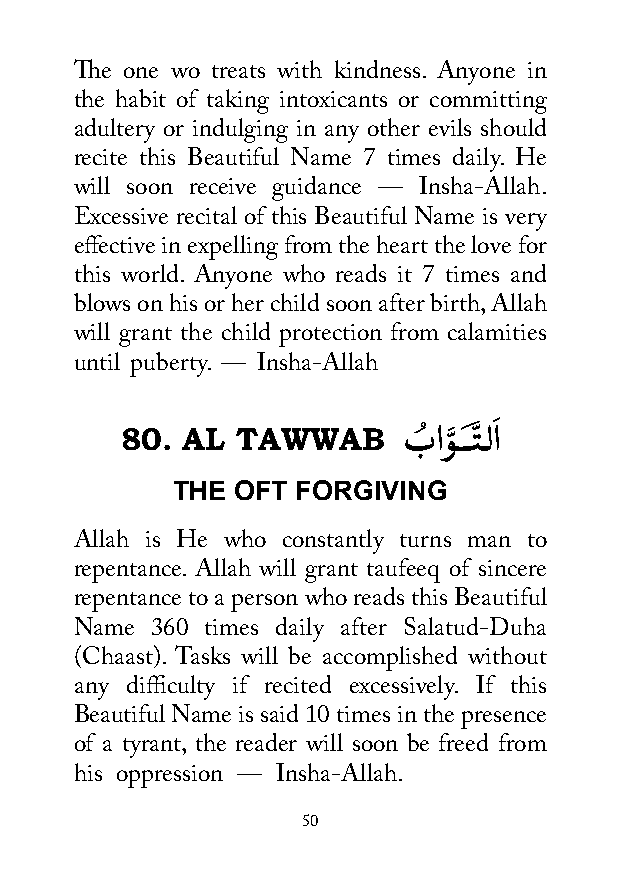
The one wo treats with kindness. Anyone in
 the habit of taking intoxicants or committing
 adultery or indulging in any other evils should
 recite this Beautiful Name 7 times daily. He
 will soon receive guidance — Insha-Allah.
 Excessive recital of this Beautiful Name is very
 effective in expelling from the heart the love for
 this world. Anyone who reads it 7 times and
 blows on his or her child soon after birth, Allah
 will grant the child protection from calamities
 until puberty. — Insha-Allah
 َ
 80. AL  TAWWAB     بُ اوَّ ـــتَّ ــلا
 THE OFT  FORGIVING
 Allah is He who constantly turns man to
 repentance. Allah will grant taufeeq of sincere
 repentance to a person who reads this Beautiful
 Name 360 times daily after Salatud-Duha
 (Chaast). Tasks will be accomplished without
 any difficulty if recited excessively. If this
 Beautiful Name is said 10 times in the presence
 of a tyrant, the reader will soon be freed from
 his oppression — Insha-Allah.
 50